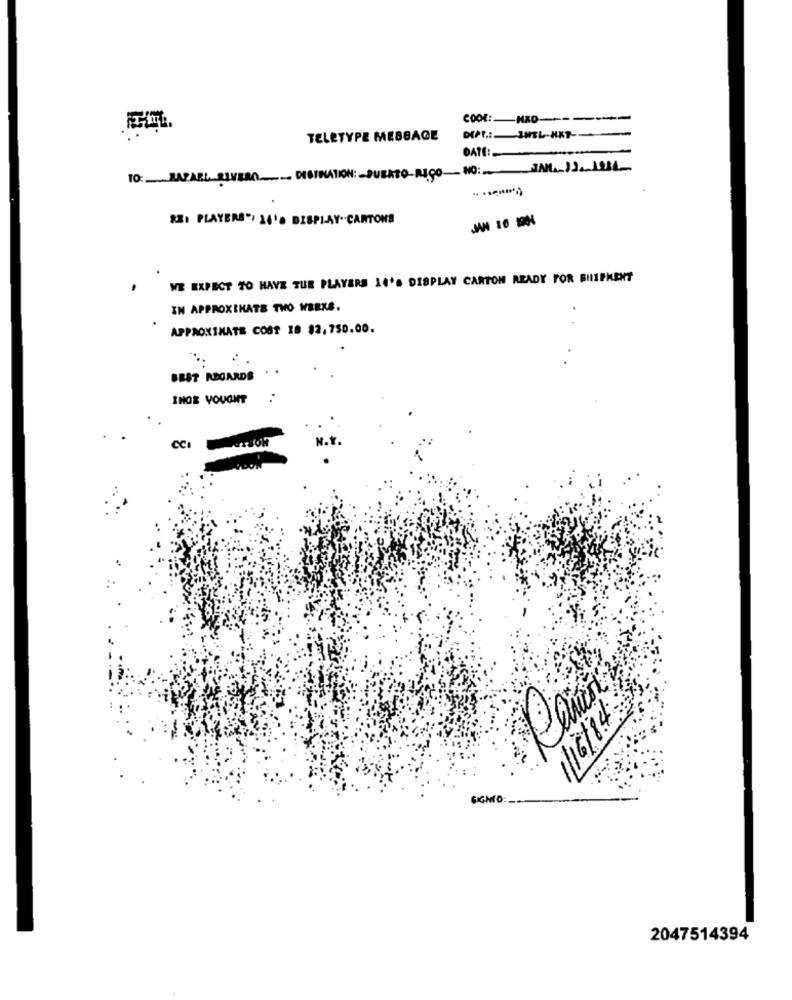
COOL: HXD
TELETYPE MESSAGE
DEPT .: JHEL-HKT-
DATE :_
TO: RAPARL RIVERO ____ DESTINATION: - PUERTO RICO-
SEI PLAYERS", 14'. DISPLAY.CARTONS
WE EXPECT TO HAVE THE PLAYERS 14'S DISPLAY CARTON READY FOR SHIPKENT
IN APPROXIMATE THO WEEKS.
.
APPROXIMATE COST 18 $2,750.00.
BEST REGARDS
IHOE YOUGHT
CCI
1/6/84
SIGHTO:
2047514394